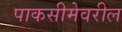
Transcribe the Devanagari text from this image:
पाकसीमेवरील